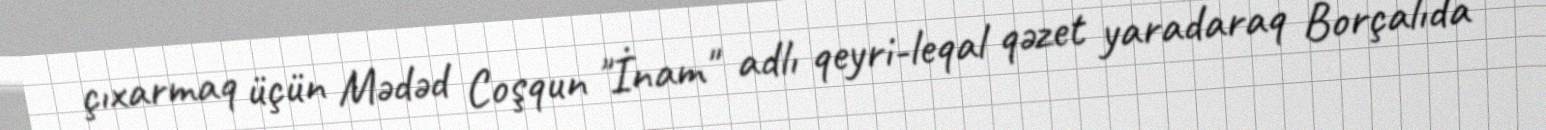
çıxarmaq üçün Mədəd Coşqun "İnam" adlı qeyri-leqal qəzet yaradaraq Borçalıda